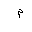
Letter: _mim